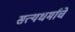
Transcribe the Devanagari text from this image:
सत्यधर्माचे